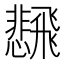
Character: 𲋒